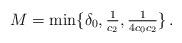
LaTeX: \begin{align*} M = \min\{\delta_0, \tfrac{1}{c_2}, \tfrac{1}{4c_0 c_2}\}\,.\end{align*}